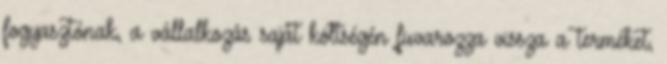
fogyasztónak, a vállalkozás saját költségén fuvarozza vissza a terméket,